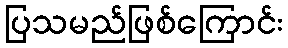
ပြသမည်ဖြစ်ကြောင်း